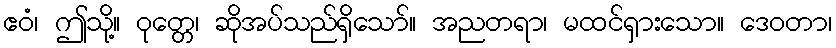
ဧဝံ၊ ဤသို့။ ဝုတ္တေ၊ ဆိုအပ်သည်ရှိသော်။ အညတရာ၊ မထင်ရှားသော။ ဒေဝတာ၊